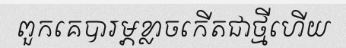
ពួកគេបារម្ភខ្លាចកើតជាថ្មីហើយ